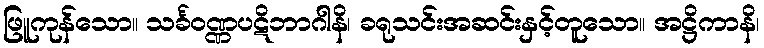
ဖြူကုန်သော။ သင်္ခဝဏ္ဏပဋိဘာဂါနိ၊ ခရုသင်းအဆင်းနှင့်တူသော။ အဋ္ဌိကာနိ၊